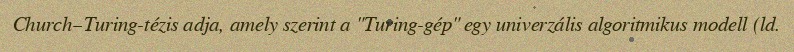
Church–Turing-tézis adja, amely szerint a "Turing-gép" egy univerzális algoritmikus modell (ld.